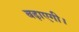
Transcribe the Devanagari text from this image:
बढ़ाएगी।